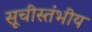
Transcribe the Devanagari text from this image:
सूचीस्तंभीय